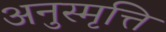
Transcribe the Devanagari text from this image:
अनुस्मृत्ति